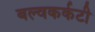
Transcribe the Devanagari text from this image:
बल्वकर्कटी